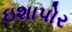
ઇશાપોર